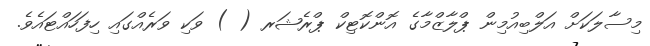
މިސާލަކަށް އަލްބިއުމިން ޕްލާޒްމާގެ އޮންކޮޓިކް ޕްރެޝަރ ( ) ވަކި ވަރެއްގައި ހިފަހައްޓައެވެ.